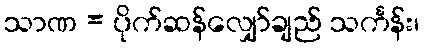
သာဏ = ပိုက်ဆန်လျှော်ချည် သင်္ကန်း၊